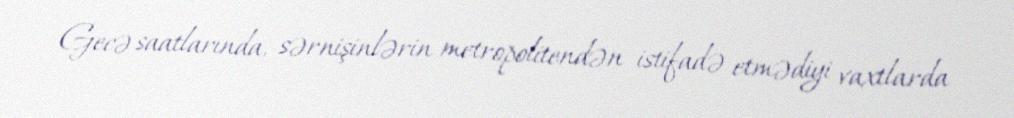
Gecə saatlarında, sərnişinlərin metropolitendən istifadə etmədiyi vaxtlarda